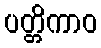
ပတ္တိကာဝ